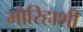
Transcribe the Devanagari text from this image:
मोरिहाशी